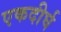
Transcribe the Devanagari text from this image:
एकदीर्घ